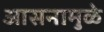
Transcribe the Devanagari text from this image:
आसनामुळे